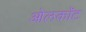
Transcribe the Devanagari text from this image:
ओलकॉट